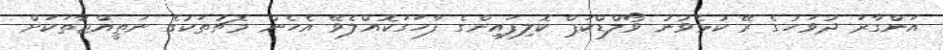
އަންގާރަ ދުވަހުގެ ރޭ ކުޅެވުނު ވޯލްޑްކަޕް ކޮލިފައިންގެ ފާހަގަކޮއްލެވޭ އެހެން މެޗުތަކުގެ ނަތީއްޖާތަކަށް